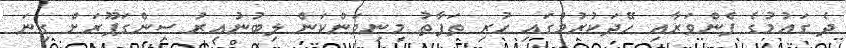
ދެ ގައުމުގެ ފެންވަރާއި ހޭދަކުރުމުގައި ހުރި ތަފާތު މިނިވަންކަން ލިބުނުއިރު ސިންގަޕޫރަށް ގިނަ